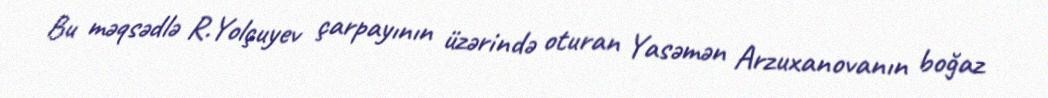
Bu məqsədlə R.Yolçuyev çarpayının üzərində oturan Yasəmən Arzuxanovanın boğaz